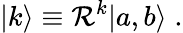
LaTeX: |k\rangle\equiv{\cal\mathcal{R}}^{k}|a,b\rangle\; .